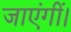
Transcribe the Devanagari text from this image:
जाएंगीं।